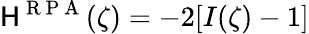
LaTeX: \mathsf{H}^{\mathrm{{~R~P~A~}}}(\zeta)=-2[I(\zeta)-1]